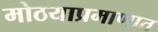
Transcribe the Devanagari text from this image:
मोठयाप्रमाणात